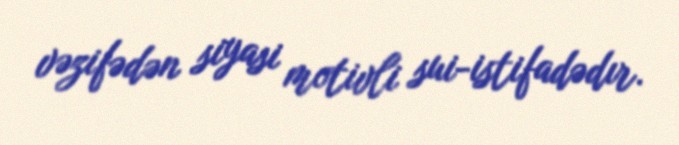
vəzifədən siyasi motivli sui-istifadədır.